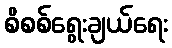
စိစစ်ရွေးချယ်ရေး